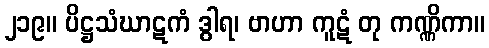
၂၁၉။ ပိဋ္ဌသံဃာဋကံ ဒွါရ၊ ဗာဟာ ကူဋံ တု ကဏ္ဏိကာ။